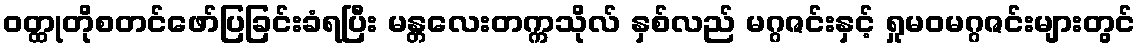
ဝတ္ထုတိုစတင်ဖော်ပြခြင်းခံရပြီး မန္တလေးတက္ကသိုလ် နှစ်လည် မဂ္ဂဇင်းနှင့် ရှုမဝမဂ္ဂဇင်းများတွင်